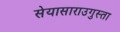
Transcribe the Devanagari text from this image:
सेयासाराउगुस्ता